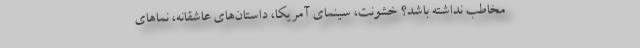
مخاطب نداشته باشد؟ خشونت، سینمای آمریکا، داستان‌های عاشقانه، نماهای